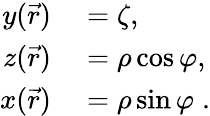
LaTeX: \begin{array}{rl}{y(\vec{r})}&{{}=\zeta,}\\ {z(\vec{r})}&{{}=\rho\cos\varphi,}\\ {x(\vec{r})}&{{}=\rho\sin\varphi\; .}\end{array}